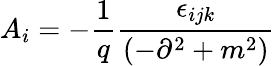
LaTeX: A_{i}=-\frac{1}{q}\frac{\epsilon_{ijk}}{\left(-\partial^{2}+m^{2}\right)}